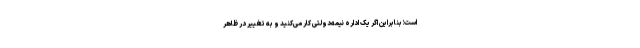
است؛ بنابراین اگر یک اداره نیمه‌دولتی کار می‌کنید و به تغییر در ظاهر